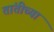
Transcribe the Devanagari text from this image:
तांतीच्या